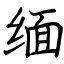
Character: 缅